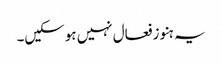
یہ ہنو زفعال نہیں ہوسکیں۔